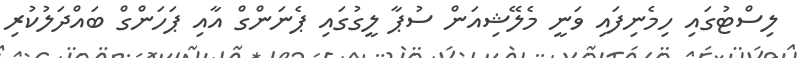
ލިސްޓުގައި ހިމެނިފައި ވަނީ މެލޭޝިއަން ސުޕާ ލީގުގައި ޕެނަންގް އާއި ޕަހަންގް ބައްދަލުކުރި